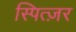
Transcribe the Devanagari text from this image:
स्पित्ज़र